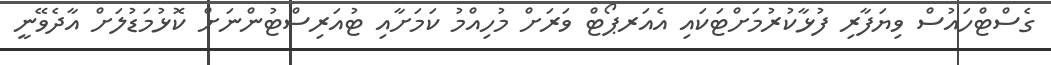
ގެސްޓްހައުސް ވިޔަފާރި ފުޅާކުރުމަށްޓަކައި އެއަރޕޯޓް ވަރަށް މުހިއްމު ކަމަށާއި ޓުއަރިސްޓުންނަށް ކޮޅުމަޑުލަށް އާދެވޭނީ